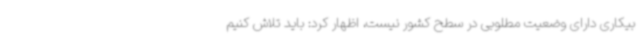
بیکاری دارای وضعیت مطلوبی در سطح کشور نیست، اظهار کرد: باید تلاش کنیم